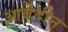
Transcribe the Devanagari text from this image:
आबेदीन